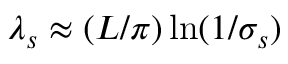
\lambda _ { s } \approx ( L / \pi ) \ln ( 1 / \sigma _ { s } )